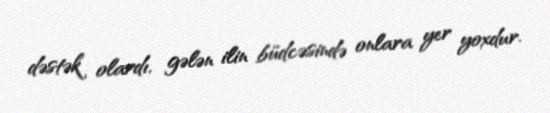
dəstək olardı, gələn ilin büdcəsində onlara yer yoxdur.